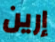
إرين